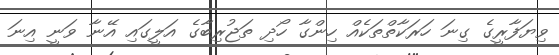
ވިޔަފާރީގެ ގިނަ ހަރަކާތްތަކެއް ހިންގާ ހޯދި ތަޖުރިބާގެ އަލީގައި އޭނާ ވަނީ އިނަ